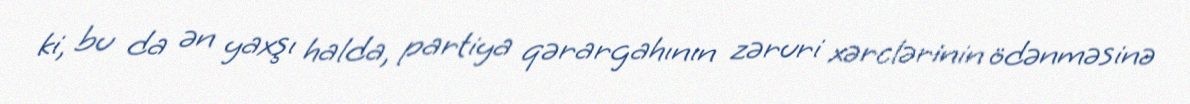
ki, bu da ən yaxşı halda, partiya qərargahının zəruri xərclərinin ödənməsinə